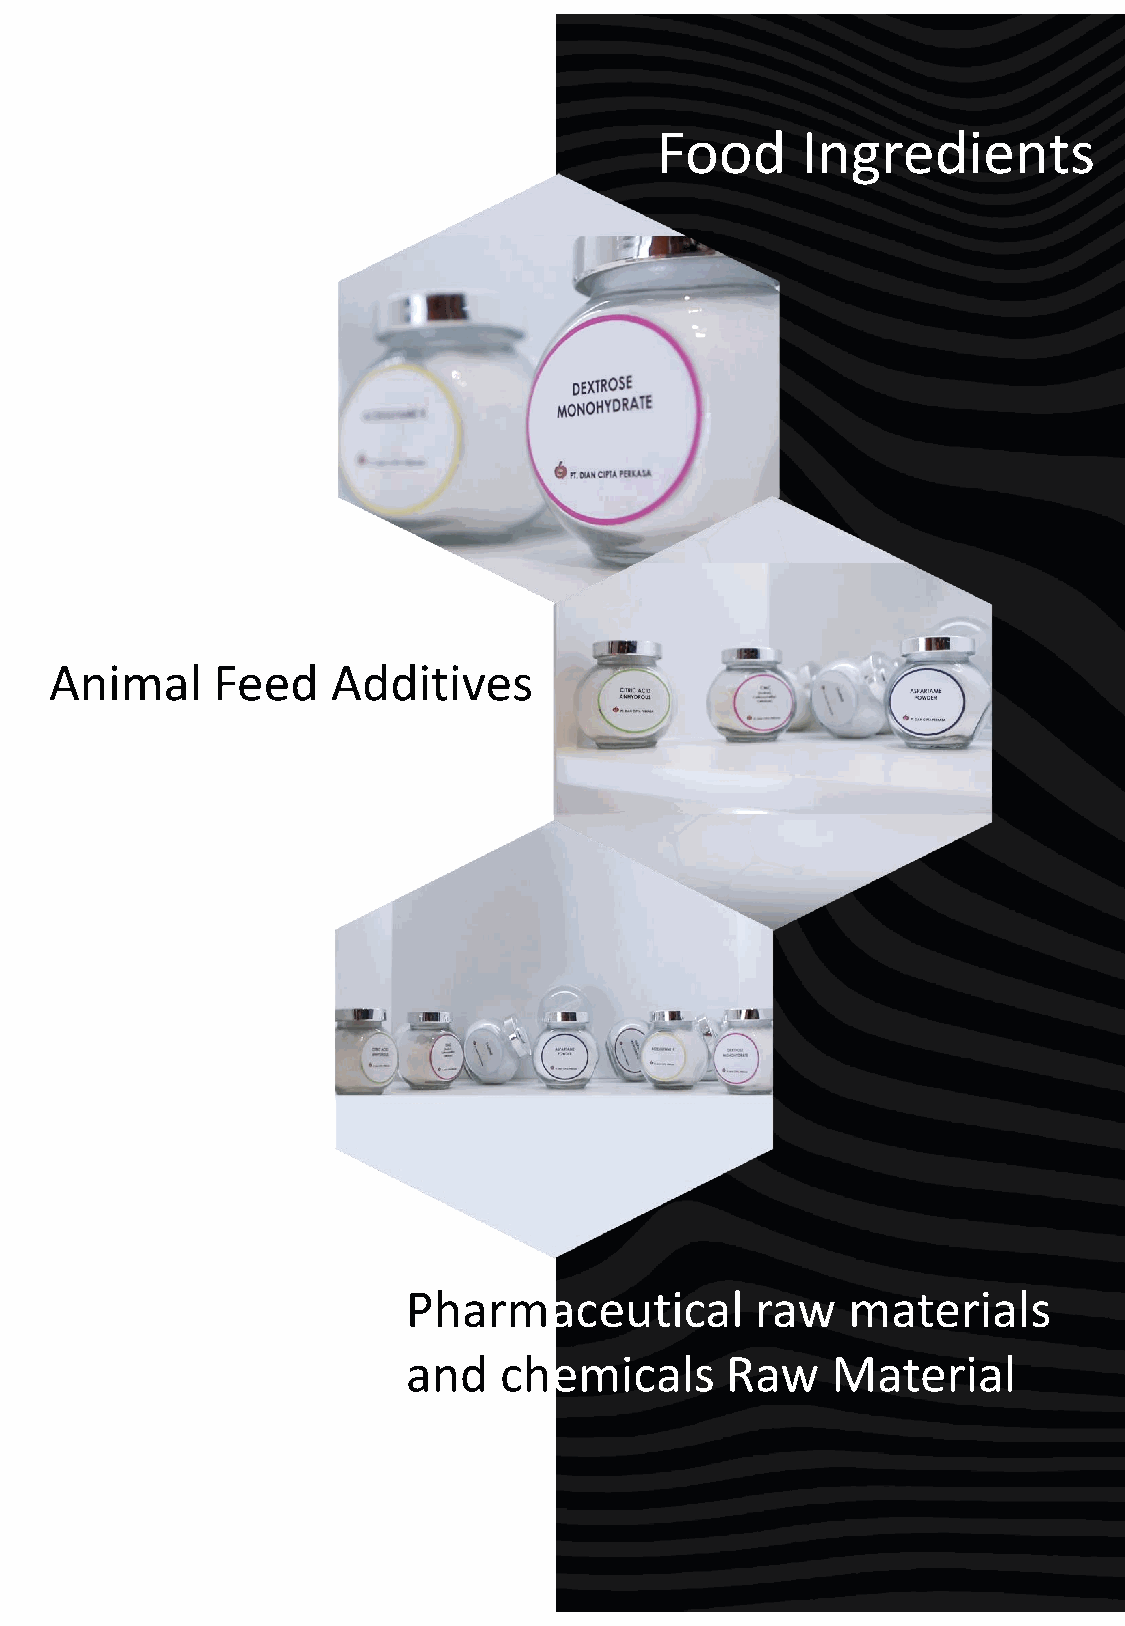
Food      Ingredients
 Animal     Feed    Additives
 Pharmaceutical         raw   materials
 and   chemicals      Raw    Material